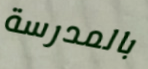
بالمدرسة